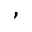
,